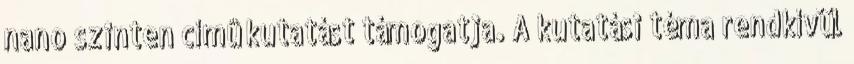
nano szinten címû kutatást támogatja. A kutatási téma rendkívül